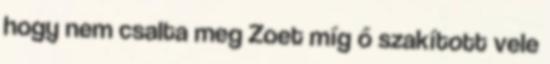
hogy nem csalta meg Zoet míg ő szakított vele